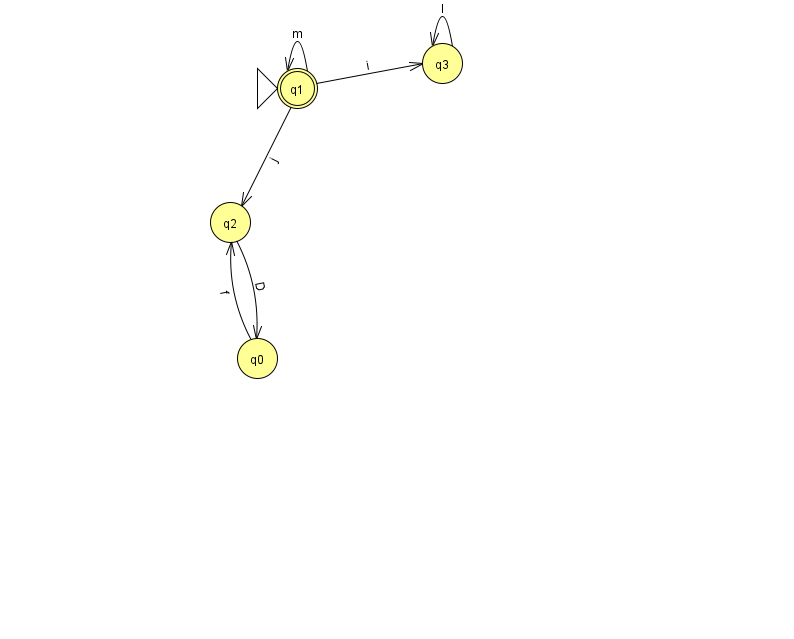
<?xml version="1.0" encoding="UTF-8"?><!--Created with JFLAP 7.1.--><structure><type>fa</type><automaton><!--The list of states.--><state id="0" name="q0"><x>257.0</x><y>345.0</y></state><state id="1" name="q1"><x>297.0</x><y>75.0</y><initial/><final/></state><state id="2" name="q2"><x>230.0</x><y>209.0</y></state><state id="3" name="q3"><x>442.0</x><y>50.0</y></state><!--The list of transitions.--><transition><from>1</from><to>3</to><read>i</read></transition><transition><from>1</from><to>2</to><read>j</read></transition><transition><from>2</from><to>0</to><read>D</read></transition><transition><from>3</from><to>3</to><read>l</read></transition><transition><from>1</from><to>1</to><read>m</read></transition><transition><from>0</from><to>2</to><read>f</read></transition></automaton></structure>